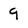
Character: 9